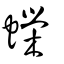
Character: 蠑